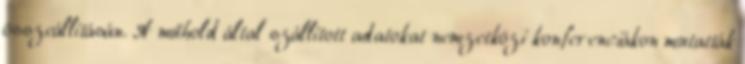
összeállításán. A műhold által szállított adatokat nemzetközi konferenciákon mutatták